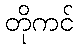
တိုကင်